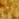
الى